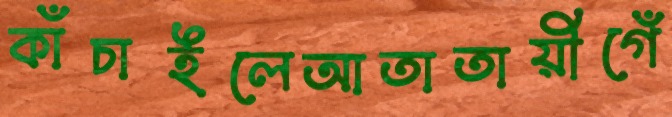
কাঁচাইলেআতাতায়ীগেঁ